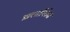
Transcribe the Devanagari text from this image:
प्रास्ताविकेत